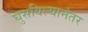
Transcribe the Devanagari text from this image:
घुसविल्यानंतर